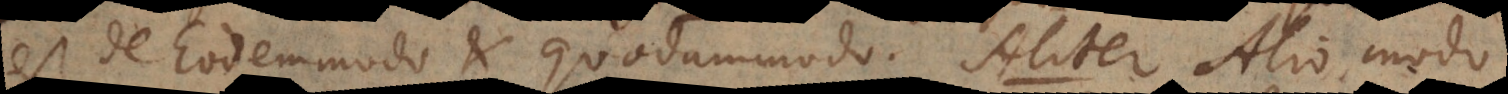
est de Eodemmodo et Quodammodo. Aliter Alio modo.